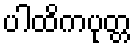
ပါထိကပုတ္တ